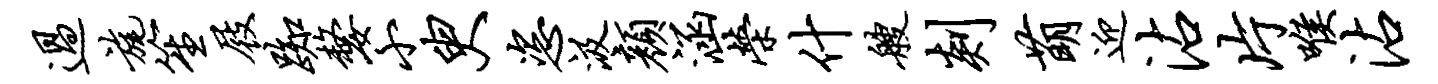
过旄笙屐踟嫠小臾恣汲颜涵荣什艘剡萌迎沾片喉沾